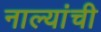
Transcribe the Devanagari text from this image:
नाल्यांची